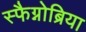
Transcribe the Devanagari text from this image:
स्फैग्नोब्रिया